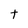
Character: T